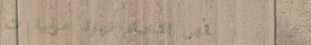
مقهى النخبة: قهوة عربية ت